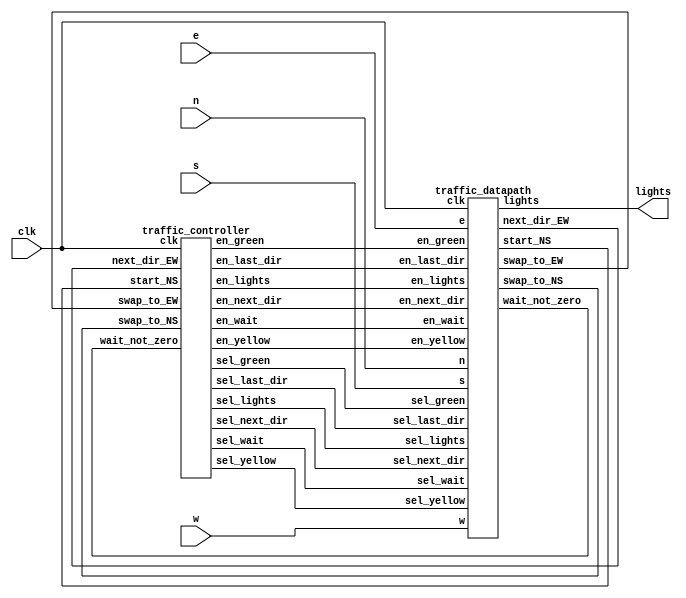
module traffic (
	input 	clk,
	input 	n,
	input		e,
	input 	s,
	input		w,
	output [7:0] lights
);

	wire start_NS;
	wire wait_not_zero;
	wire swap_to_NS;
	wire swap_to_EW;
	wire next_dir_EW;
	wire en_wait;
	wire [1:0] sel_wait;
	wire en_lights;
	wire [1:0] sel_lights;
	wire en_yellow;
	wire sel_yellow;
	wire en_green;
	wire sel_green;
	wire en_next_dir;
	wire sel_next_dir;
	wire en_last_dir;
	wire sel_last_dir;

traffic_controller controller (
	.clk (clk),
	.start_NS (start_NS),
	.wait_not_zero (wait_not_zero),
	.swap_to_NS (swap_to_NS),
	.swap_to_EW (swap_to_EW),
	.next_dir_EW (next_dir_EW),
	.en_wait (en_wait),
	.sel_wait (sel_wait),
	.en_lights (en_lights),
	.sel_lights (sel_lights),
	.en_yellow (en_yellow),
	.sel_yellow (sel_yellow),
	.en_green (en_green),
	.sel_green (sel_green),
	.en_next_dir (en_next_dir),
	.sel_next_dir (sel_next_dir),
	.en_last_dir (en_last_dir),
	.sel_last_dir (sel_last_dir)
);

traffic_datapath datapath (
	.clk (clk),
	.n (n),
	.e (e),
	.s (s),
	.w (w),
	.en_wait (en_wait),
	.sel_wait (sel_wait),
	.en_lights (en_lights),
	.sel_lights (sel_lights),
	.en_yellow (en_yellow),
	.sel_yellow (sel_yellow),
	.en_green (en_green),
	.sel_green (sel_green),
	.en_next_dir (en_next_dir),
	.sel_next_dir (sel_next_dir),
	.en_last_dir (en_last_dir),
	.sel_last_dir (sel_last_dir),
	.lights (lights),
	.start_NS (start_NS),
	.wait_not_zero (wait_not_zero),
	.swap_to_NS (swap_to_NS),
	.swap_to_EW (swap_to_EW),
	.next_dir_EW (next_dir_EW)
);

endmodule


module traffic_controller (
	input clk,
	input start_NS,
	input wait_not_zero,
	input swap_to_NS,
	input swap_to_EW,
	input next_dir_EW,
	output reg en_wait,
	output reg [1:0] sel_wait,
	output reg en_lights,
	output reg [1:0] sel_lights,
	output reg en_yellow,
	output reg sel_yellow,
	output reg en_green,
	output reg sel_green,
	output reg en_next_dir,
	output reg sel_next_dir,
	output reg en_last_dir,
	output reg sel_last_dir
);
	localparam START 	= 3'b000;
	localparam SET_NS 	= 3'b001;
	localparam SET_EW 	= 3'b010;
	localparam RED 		= 3'b011;
	localparam YELLOW 	= 3'b100;
	localparam GREEN 	= 3'b101;

	reg [2:0] state = 3'd0;
	reg [2:0] next_state;


	always @(posedge clk) begin
		//set variables to 0
		state <= next_state;
		en_wait = 0;
		sel_wait = 0;
		en_lights = 0;
		sel_lights = 0;
		en_yellow = 0;
		sel_yellow = 0;
		en_green = 0;
		sel_green = 0;
		en_next_dir = 0;
		sel_next_dir = 0;
		en_last_dir = 0;
		sel_last_dir = 0;

		case (state)
			START: begin
				if(start_NS)
					next_state = SET_NS;
				else
					next_state = SET_EW;
			end
			SET_NS: begin
				en_yellow = 1;
				sel_yellow = 0; //yellow = NS
				en_green = 1;
				sel_green = 0; //green = NS
				en_last_dir = 1;
				sel_last_dir = 0; //last_dir = NS
				next_state = GREEN;
			end 
			SET_EW: begin
				en_yellow = 1;
				sel_yellow = 1; //yellow = EW
				en_green = 1;
				sel_green = 1; //green = EW
				en_last_dir = 1;
				sel_last_dir = 1; //last_dir = EW
				next_state = GREEN;
			end 
			RED: begin
				en_lights = 1;
				sel_lights = 0; //lights = 0 for red
				en_wait = 1;
				sel_wait = 2; // = wait - 1
				if(wait_not_zero)
					next_state = RED;
				else
					if(next_dir_EW)
						next_state = SET_EW;
					else
						next_state = SET_NS;
			end 
			YELLOW: begin
				en_lights = 1;
				sel_lights = 1; //lights = yellow
				en_wait = 1;
				sel_wait = 2; //wait = wait - 1
				if(wait_not_zero)
					next_state = YELLOW;
				else begin
					en_wait = 1;
					sel_wait = 0; //wait = 3
					next_state = RED;
			end
	
			end 
			GREEN: begin
				en_lights = 1;
				sel_lights = 2; //lights = green
				
				if(wait_not_zero) begin
					next_state = GREEN;
					en_wait = 1;
					sel_wait = 2; //wait = wait - 1
				end
				else begin
					en_wait = 1;
					sel_wait = 3; // set wait to 0
					if(swap_to_NS || swap_to_EW) begin
						en_next_dir = 1;
						if(swap_to_EW)
							sel_next_dir = 1; //next_dir = EW
						else if(swap_to_NS) 
							sel_next_dir = 0; //next_dir = NS
						en_wait = 1;
						sel_wait = 0; //wait = 3
						next_state = YELLOW;
					end
					else
						next_state = GREEN;

				end	
			end 
			default: ;
		endcase
	end

endmodule


module traffic_datapath (
	input clk,
	input n,
	input e,
	input s,
	input w,
	input en_wait,
	input [1:0] sel_wait,
	input en_lights,
	input [1:0] sel_lights,
	input en_yellow,
	input sel_yellow,
	input en_green,
	input sel_green,
	input en_next_dir,
	input sel_next_dir,
	input en_last_dir,
	input sel_last_dir,
	output reg [7:0] lights,
	output start_NS,
	output wait_not_zero,
	output swap_to_NS,
	output swap_to_EW,
	output next_dir_EW
);

	initial lights = 8'b00000000;

	reg [3:0] waittime = 0;
	reg [7:0] yellow = 8'b00000000;
	reg [7:0] green = 8'b00000000;
	reg next_dir = 0;
	reg last_dir = 0;

	always @(posedge clk)
		if(en_wait)
			if(sel_wait == 0)
				waittime <= 3;
			else if(sel_wait == 1)
				waittime <= 10;
			else if(sel_wait == 2)
				waittime <= waittime - 4'd1;
			else
				waittime <= 0;
		
	always @(posedge clk)
		if(en_lights)
			if(sel_lights == 0)
				lights <= 8'b00000000;
			else if(sel_lights == 1)
				lights <= yellow;
			else
				lights <= green;
		
	always @(posedge clk)
		if(en_yellow) begin
			if(sel_yellow)
				yellow <= 8'b00010001;
			else
				yellow <= 8'b01000100;
		end
		
	always @(posedge clk)
		if(en_green)
			if(sel_green)
				green <= 8'b00100010;
			else
				green <= 8'b10001000;
				
	always @(posedge clk)
		if(en_next_dir)
			if(sel_next_dir)
				next_dir <= 1;
			else
				next_dir <= 0;
		
	always @(posedge clk)
		if(en_last_dir)
			if(sel_last_dir)
				last_dir <= 1;
			else
				last_dir <= 0;

	assign start_NS = (n||s) && !(e&&w);
	assign wait_not_zero = (waittime > 0);	
	assign swap_to_NS = ((last_dir == 1) && (n||s));
	assign swap_to_EW = ((last_dir == 0) && (e||w));
	assign next_dir_EW = next_dir;
	
endmodule